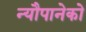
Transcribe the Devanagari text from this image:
न्यौपानेको